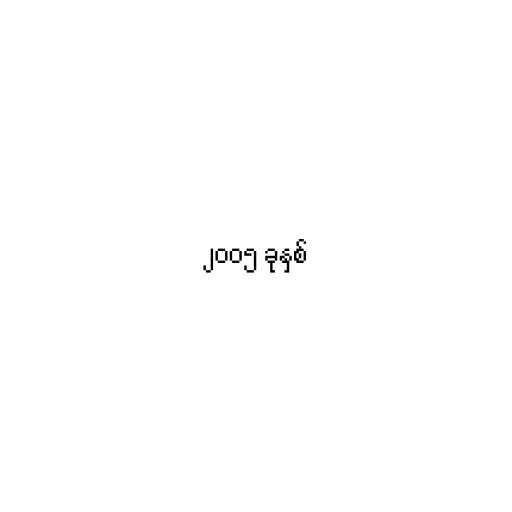
၂၀၀၅ ခုနှစ်